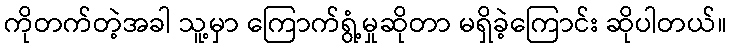
ကိုတက်တဲ့အခါ သူ့မှာ ကြောက်ရွံ့မှုဆိုတာ မရှိခဲ့ကြောင်း ဆိုပါတယ်။